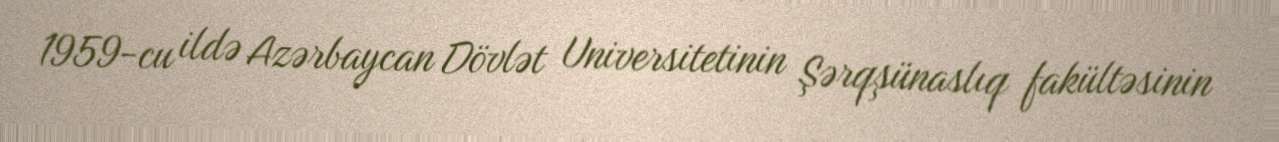
1959-cu ildə Azərbaycan Dövlət Universitetinin Şərqşünaslıq fakültəsinin